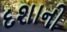
દશાની